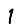
Digit: 1